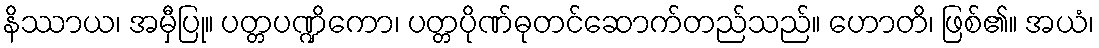
နိဿာယ၊ အမှီပြု။ ပတ္တပဏ္ဍိကော၊ ပတ္တပိုဏ်ဓုတင်ဆောက်တည်သည်။ ဟောတိ၊ ဖြစ်၏။ အယံ၊